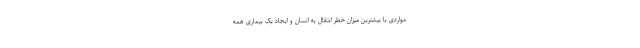
مواردی با بیشترین میزان خطر انتقال به انسان و ایجاد یک بیماری همه